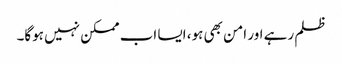
ظلم رہے اور امن بھی ہو، ایسا اب ممکن نہیں ہوگا۔